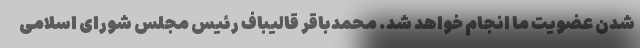
شدن عضویت ما انجام خواهد شد. محمدباقر قالیباف رئیس مجلس شورای اسلامی